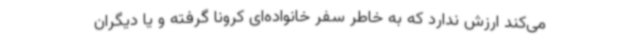
می‌کند ارزش ندارد که به خاطر سفر خانواده‌ای کرونا گرفته و یا دیگران